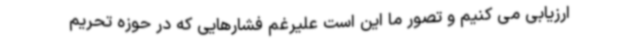
ارزیابی می کنیم و تصور ما این است علیرغم فشارهایی که در حوزه تحریم